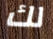
لك